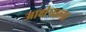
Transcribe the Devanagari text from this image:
आक्षेपाला